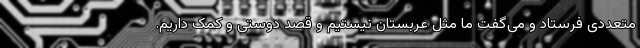
متعددی فرستاد و می‌گفت ما مثل عربستان نیستیم و قصد دوستی و کمک داریم.